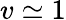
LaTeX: v\simeq 1